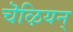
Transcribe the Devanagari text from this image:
चॆऴियन्